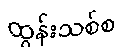
ထွန်းသစ်စ